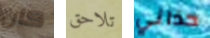
كان تلاحق حذائي